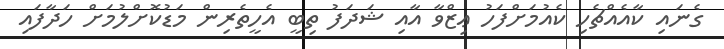
ގެނައި ކާއެއްޗެހި ކެއުމަށްފަހު ޢިޒްވާ އާއި ޝަދަފު ތިބީ އެހީތެރިން މަޑުކޮށްލުމަށް ހަދާފައި